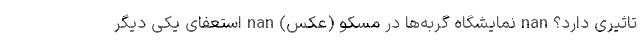
تاثیری دارد؟ nan نمایشگاه گربه‌ها در مسکو (عکس) nan استعفای یکی دیگر